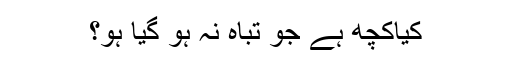
کیاکچھ ہے جو تباہ نہ ہو گیا ہو؟